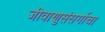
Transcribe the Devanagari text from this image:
जीवाणुसंसर्गाचा